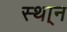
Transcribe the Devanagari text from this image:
स्था्न